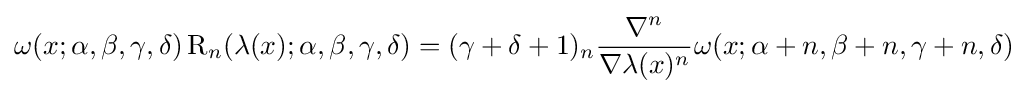
\omega (x;\alpha ,\beta ,\gamma ,\delta )\operatorname {R} _{n}(\lambda (x);\alpha ,\beta ,\gamma ,\delta )=(\gamma +\delta +1)_{n}{\frac {\nabla ^{n}}{\nabla \lambda (x)^{n}}}\omega (x;\alpha +n,\beta +n,\gamma +n,\delta )